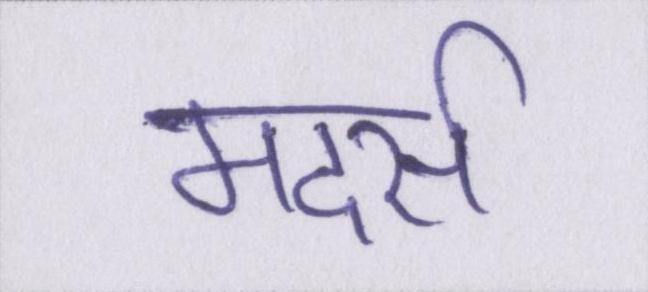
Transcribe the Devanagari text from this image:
मदर्स